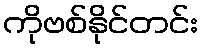
ကိုဗစ်နိုင်တင်း